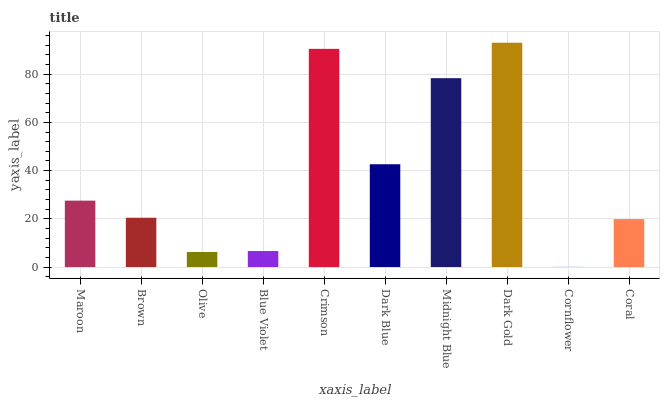
| xaxis_label | bars |
 | --- | --- |
 | Maroon | 27.5 |
 | Brown | 20.4 |
 | Olive | 6.24 |
 | Blue Violet | 6.63 |
 | Crimson | 90.5 |
 | Dark Blue | 42.6 |
 | Midnight Blue | 78.3 |
 | Dark Gold | 93 |
 | Cornflower | 0.0874 |
 | Coral | 19.9 |